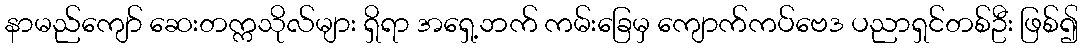
နာမည်ကျော် ဆေးတက္ကသိုလ်များ ရှိရာ အရှေ့ဘက် ကမ်းခြေမှ ကျောက်ကပ်ဗေဒ ပညာရှင်တစ်ဦး ဖြစ်၍